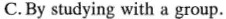
C.By studying with a group.